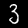
Digit: 3